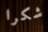
شكرا